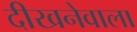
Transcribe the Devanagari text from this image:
दीखनेवाला